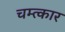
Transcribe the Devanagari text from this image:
चम्त्कार